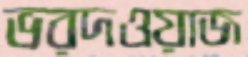
ভরদওয়াজ